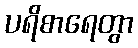
ပရိစာရေတွာ